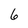
Character: 6